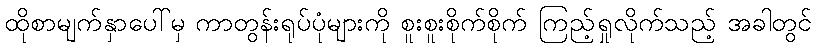
ထိုစာမျက်နှာပေါ်မှ ကာတွန်းရုပ်ပုံများကို စူးစူးစိုက်စိုက် ကြည့်ရှုလိုက်သည့် အခါတွင်